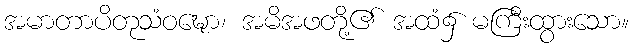
အမာတာပိတုသံဝဍ္ဎော၊ အမိအဖတို့၏ အထံ၌ မကြီးထွားသော။